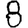
Digit: 8